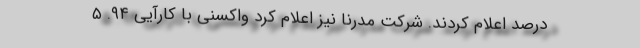
درصد اعلام کردند. شرکت مدرنا نیز اعلام کرد واکسنی با کارآیی ۹۴. ۵